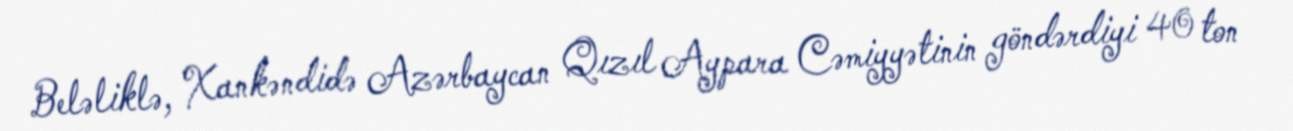
Beləliklə, Xankəndidə Azərbaycan Qızıl Aypara Cəmiyyətinin göndərdiyi 40 ton